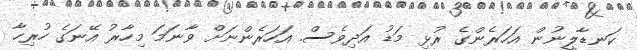
ކަނޑާލީނުން އަހަރެންގެ ރުޅި މަޑު އަދިވެސް. އަހަރެންނަށް ވާނަމަ މިހާރު އޭނަގެ ހުރިހާ